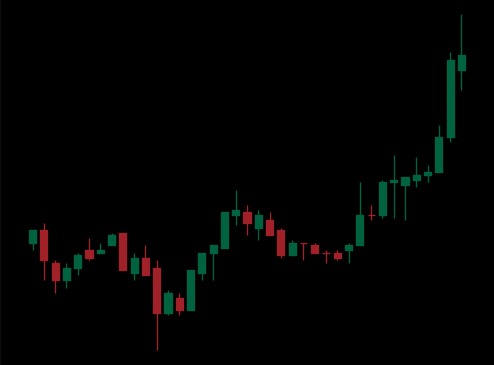
Pattern: inverse_head_shoulders